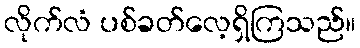
လိုက်လံ ပစ်ခတ်လေ့ရှိကြသည်။